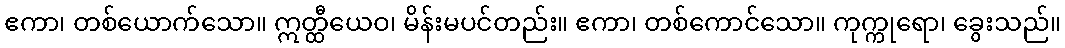
ဧကာ၊ တစ်ယောက်သော။ ဣတ္ထီယေဝ၊ မိန်းမပင်တည်း။ ဧကာ၊ တစ်ကောင်သော။ ကုက္ကုရော၊ ခွေးသည်။